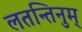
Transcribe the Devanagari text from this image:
लतन्तिनुम्